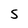
Character: S